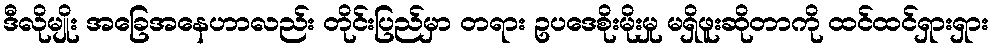
ဒီလိုမျိုး အခြေအနေဟာလည်း တိုင်းပြည်မှာ တရား ဥပဒေစိုးမိုးမှု မရှိဖူးဆိုတာကို ထင်ထင်ရှားရှား